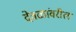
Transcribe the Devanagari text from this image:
देवळांवरील